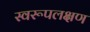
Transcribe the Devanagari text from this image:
स्वरूपलक्षण